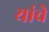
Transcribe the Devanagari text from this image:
यांचेेेे